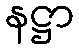
နဋ္ဌာ